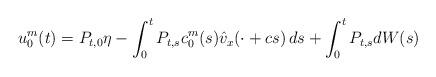
LaTeX: \begin{align*}u_0^m(t) = P_{t,0} \eta -\int_0^t P_{t,s} c_0^m(s) \hat{v}_x(\cdot+cs) \, ds + \int_0^t P_{t,s} dW(s)\end{align*}